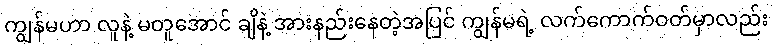
ကျွန်မဟာ လူနဲ့ မတူအောင် ချိနဲ့ အားနည်းနေတဲ့အပြင် ကျွန်မရဲ့ လက်ကောက်ဝတ်မှာလည်း